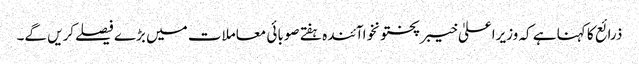
ذرائع کا کہنا ہے کہ وزیراعلیٰ خیبرپختونخواآئندہ ہفتے صوبائی معاملات میں بڑے فیصلےکریں گے۔